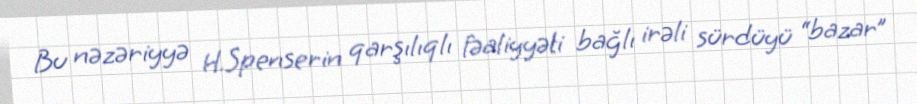
Bu nəzəriyyə H.Spenserin qarşılıqlı fəaliyyəti bağlı irəli sürdüyü “bazar”